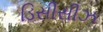
ડિસીસીઝ